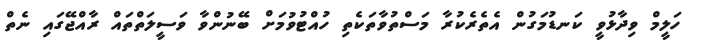
ހަލީމް ވިދާޅުވީ ކަނޑުމަގުން އެތެރެކުރާ މަސްތުވާތަކެތި ހުއްޓުވުމަށް ބޭނުންވާ ވަސީލަތްތައް ރާއްޖޭގައި ނެތް